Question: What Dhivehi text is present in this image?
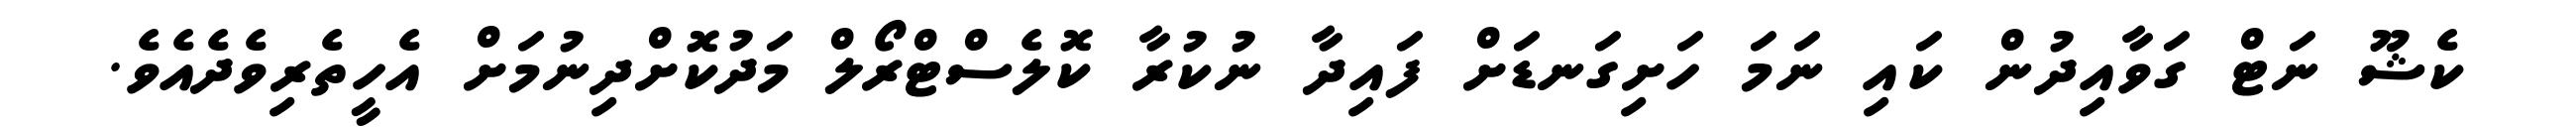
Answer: ކެޝޫ ނަޓް ގަވާއިދުން ކައި ނަމަ ހަށިގަނޑަށް ފައިދާ ނުކުރާ ކޮލެސްޓްރޯލް މަދުކޮށްދިނުމަށް އެހީތެރިވެދެއެވެ.